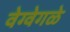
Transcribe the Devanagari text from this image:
वेग्वेगळे